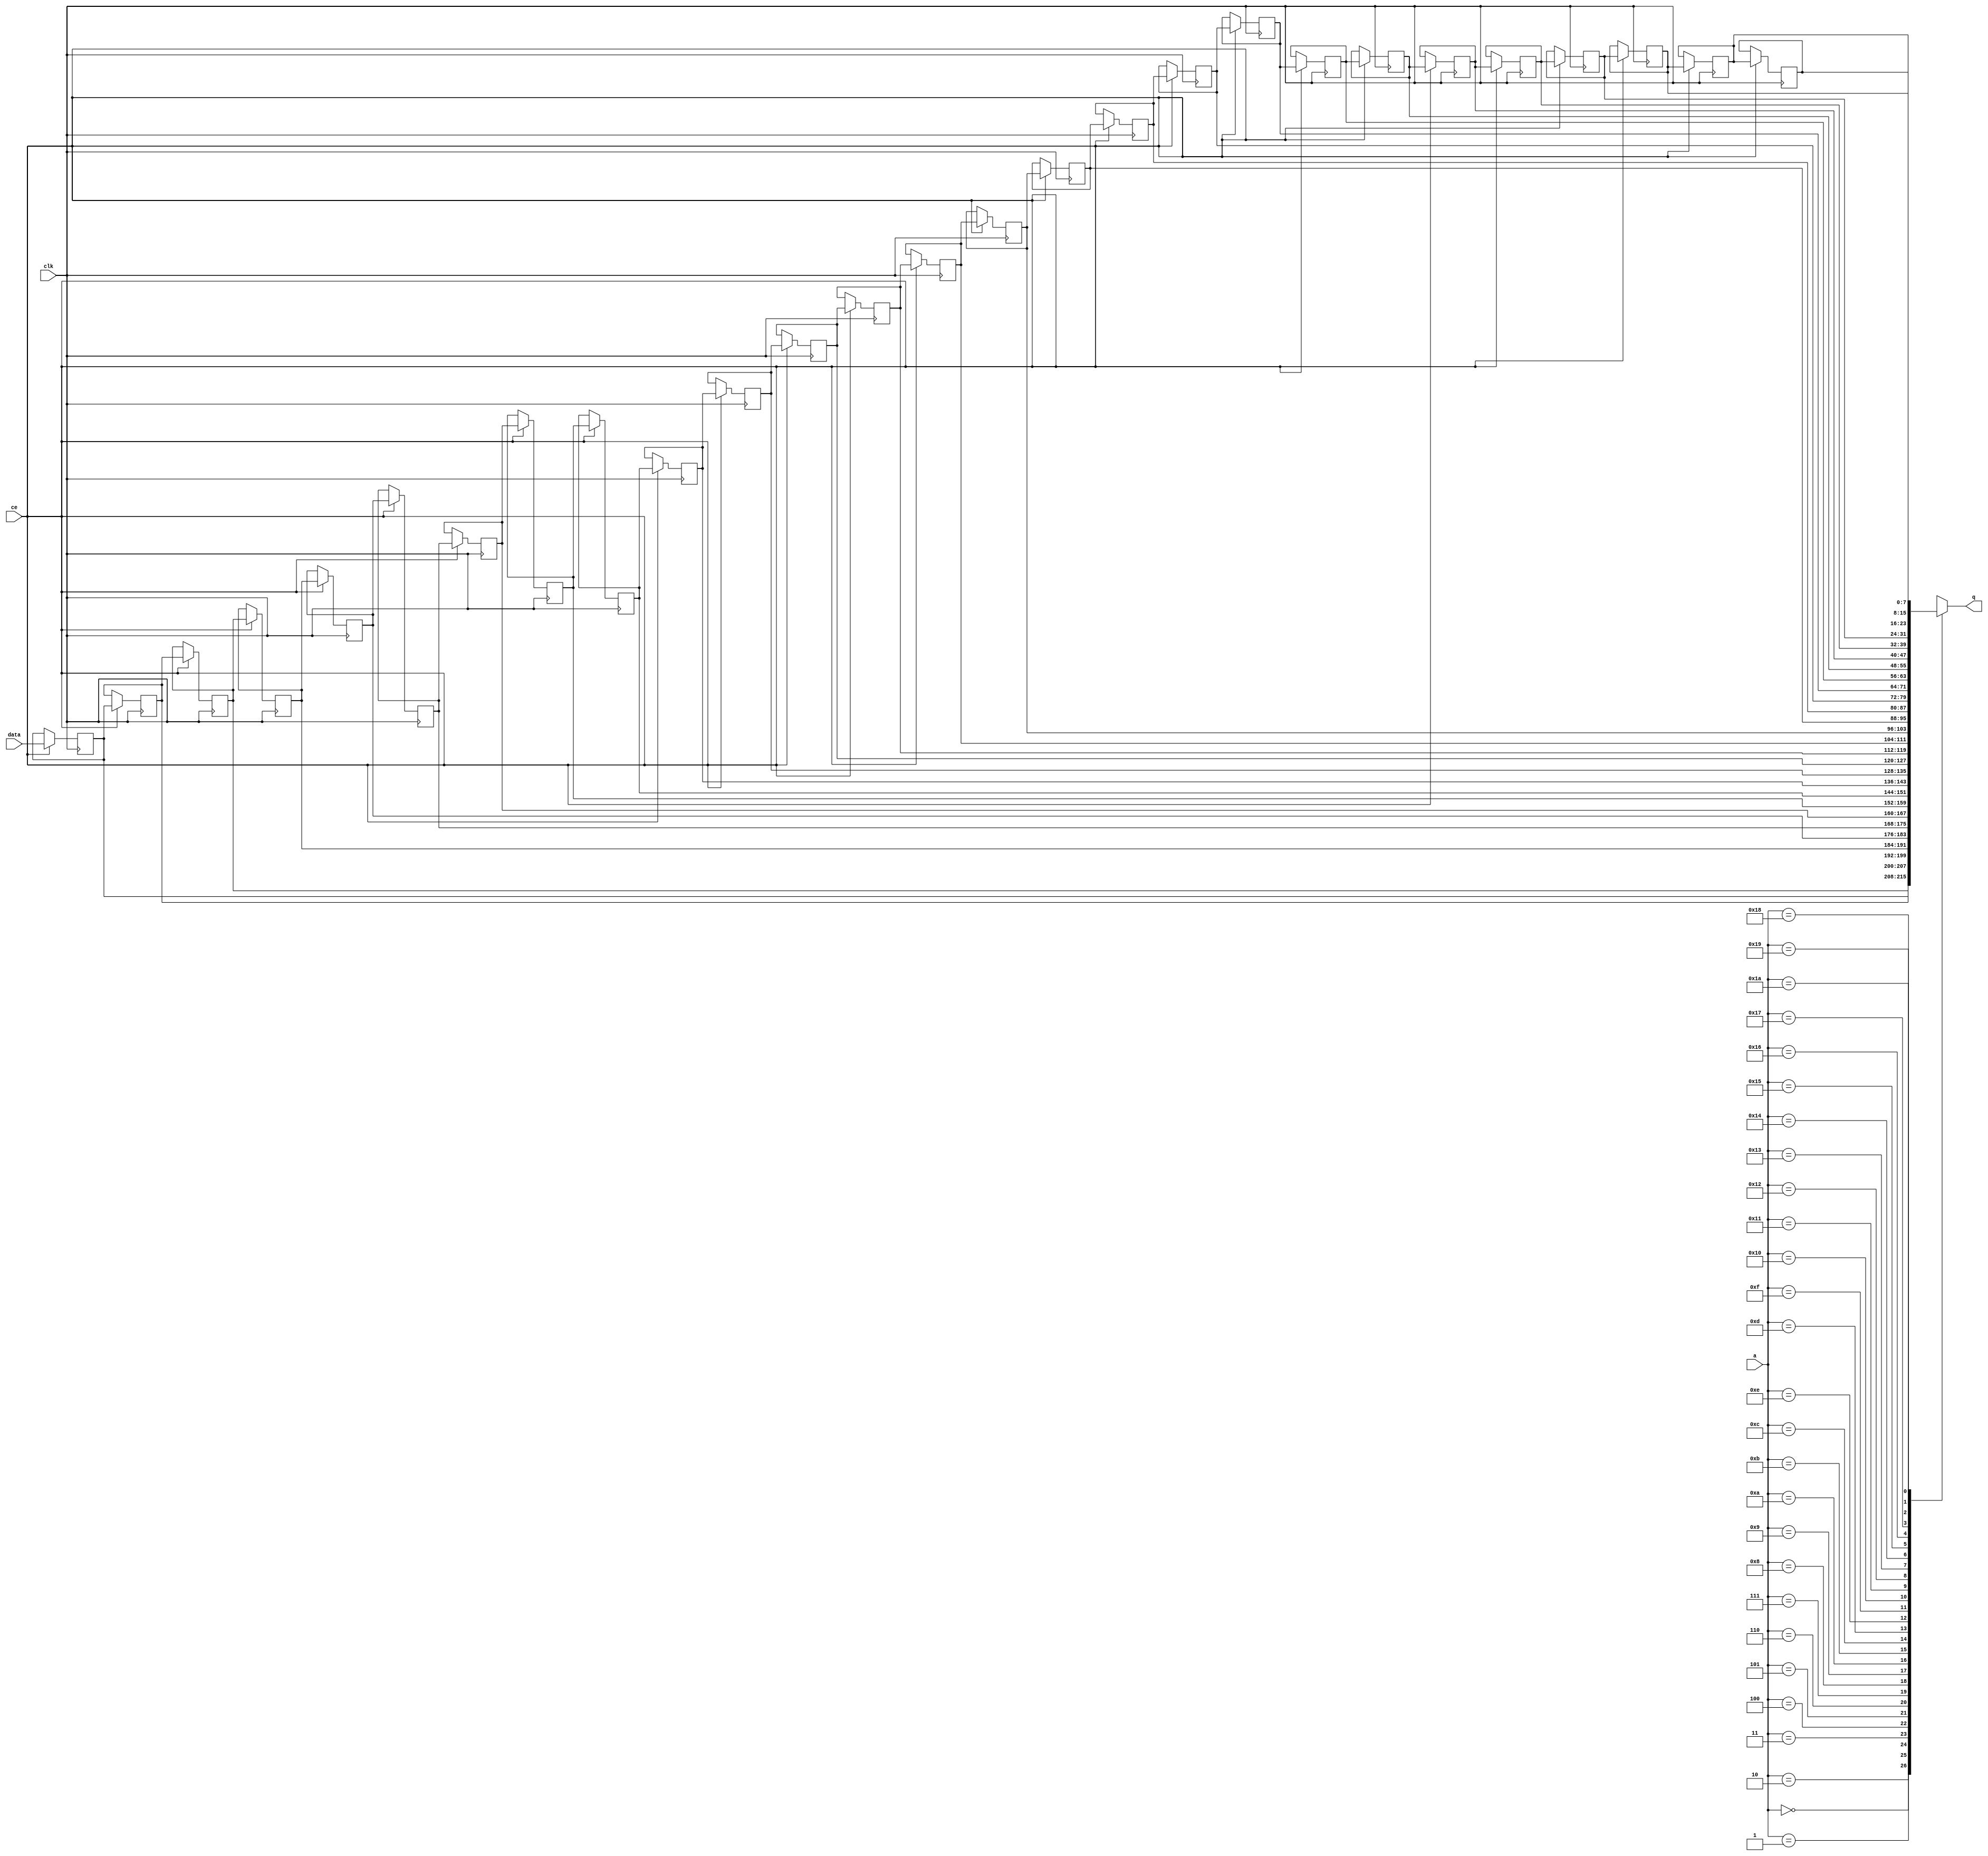
// ==============================================================
// File generated by Vivado(TM) HLS - High-Level Synthesis from C, C++ and SystemC
// Version: 2018.2
// Copyright (C) 1986-2018 Xilinx, Inc. All Rights Reserved.
// 
// ==============================================================


`timescale 1 ns / 1 ps

module fifo_w8_d27_A_shiftReg (
    clk,
    data,
    ce,
    a,
    q);

parameter DATA_WIDTH = 32'd8;
parameter ADDR_WIDTH = 32'd5;
parameter DEPTH = 6'd27;

input clk;
input [DATA_WIDTH-1:0] data;
input ce;
input [ADDR_WIDTH-1:0] a;
output [DATA_WIDTH-1:0] q;

reg[DATA_WIDTH-1:0] SRL_SIG [0:DEPTH-1];
integer i;

always @ (posedge clk)
    begin
        if (ce)
        begin
            for (i=0;i<DEPTH-1;i=i+1)
                SRL_SIG[i+1] <= SRL_SIG[i];
            SRL_SIG[0] <= data;
        end
    end

assign q = SRL_SIG[a];

endmodule

module fifo_w8_d27_A (
    clk,
    reset,
    if_empty_n,
    if_read_ce,
    if_read,
    if_dout,
    if_full_n,
    if_write_ce,
    if_write,
    if_din);

parameter MEM_STYLE   = "shiftreg";
parameter DATA_WIDTH  = 32'd8;
parameter ADDR_WIDTH  = 32'd5;
parameter DEPTH       = 6'd27;

input clk;
input reset;
output if_empty_n;
input if_read_ce;
input if_read;
output[DATA_WIDTH - 1:0] if_dout;
output if_full_n;
input if_write_ce;
input if_write;
input[DATA_WIDTH - 1:0] if_din;

wire[ADDR_WIDTH - 1:0] shiftReg_addr ;
wire[DATA_WIDTH - 1:0] shiftReg_data, shiftReg_q;
wire                     shiftReg_ce;
reg[ADDR_WIDTH:0] mOutPtr = ~{(ADDR_WIDTH+1){1'b0}};
reg internal_empty_n = 0, internal_full_n = 1;

assign if_empty_n = internal_empty_n;
assign if_full_n = internal_full_n;
assign shiftReg_data = if_din;
assign if_dout = shiftReg_q;

always @ (posedge clk) begin
    if (reset == 1'b1)
    begin
        mOutPtr <= ~{ADDR_WIDTH+1{1'b0}};
        internal_empty_n <= 1'b0;
        internal_full_n <= 1'b1;
    end
    else begin
        if (((if_read & if_read_ce) == 1 & internal_empty_n == 1) && 
            ((if_write & if_write_ce) == 0 | internal_full_n == 0))
        begin
            mOutPtr <= mOutPtr - 6'd1;
            if (mOutPtr == 6'd0)
                internal_empty_n <= 1'b0;
            internal_full_n <= 1'b1;
        end 
        else if (((if_read & if_read_ce) == 0 | internal_empty_n == 0) && 
            ((if_write & if_write_ce) == 1 & internal_full_n == 1))
        begin
            mOutPtr <= mOutPtr + 6'd1;
            internal_empty_n <= 1'b1;
            if (mOutPtr == DEPTH - 6'd2)
                internal_full_n <= 1'b0;
        end 
    end
end

assign shiftReg_addr = mOutPtr[ADDR_WIDTH] == 1'b0 ? mOutPtr[ADDR_WIDTH-1:0]:{ADDR_WIDTH{1'b0}};
assign shiftReg_ce = (if_write & if_write_ce) & internal_full_n;

fifo_w8_d27_A_shiftReg 
#(
    .DATA_WIDTH(DATA_WIDTH),
    .ADDR_WIDTH(ADDR_WIDTH),
    .DEPTH(DEPTH))
U_fifo_w8_d27_A_ram (
    .clk(clk),
    .data(shiftReg_data),
    .ce(shiftReg_ce),
    .a(shiftReg_addr),
    .q(shiftReg_q));

endmodule